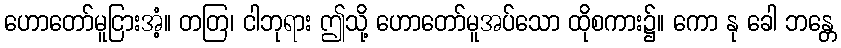
ဟောတော်မူငြားအံ့။ တတြ၊ ငါဘုရား ဤသို့ ဟောတော်မူအပ်သော ထိုစကား၌။ ကော နု ခေါ ဘန္တေ